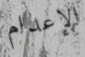
الإعدام